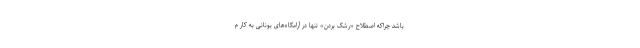
باشد چراکه اصطلاح «رَشک بردن» تنها در آرامگاه‌های یونانی به کار م